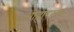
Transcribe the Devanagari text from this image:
आहाररूप